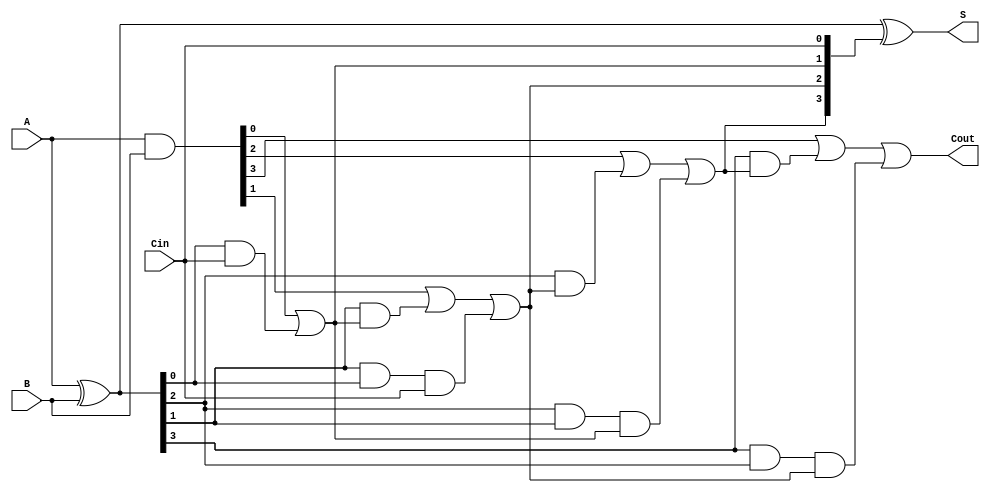
module CILA #(parameter n = 4) (
    input  [n-1:0] A,   // First n-bit operand
    input  [n-1:0] B,   // Second n-bit operand
    input          Cin,  // Carry-in
    output [n-1:0] S,    // n-bit Sum output
    output         Cout   // Carry-out
);

    // Generate and propagate signals
    wire [n-1:0] G; // Generate signals
    wire [n-1:0] P; // Propagate signals
    wire [n:0] C;   // Carry signals

    // Generate and Propagate Logic
    assign G = A & B;          // G[i] = A[i] & B[i]
    assign P = A ^ B;          // P[i] = A[i] ^ B[i]

    // Carry Generation Logic
    assign C[0] = Cin;         // C[0] = Cin
    assign C[1] = G[0] | (P[0] & Cin);  // C[1] = G[0] + (P[0] & Cin)
    
    genvar i;
    generate
        for (i = 1; i < n; i = i + 1) begin : carry_generation
            assign C[i+1] = G[i] | (P[i] & C[i]) | (P[i] & P[i-1] & C[i-1]);
        end
    endgenerate

    // Sum Calculation
    assign S = P ^ C[n-1:0]; // S[i] = P[i] XOR C[i]

    // Assign Carry-out
    assign Cout = C[n];

endmodule